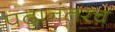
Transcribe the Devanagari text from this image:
पदानंतरच